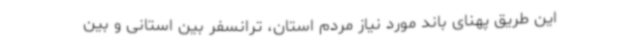
این طریق پهنای باند مورد نیاز مردم استان، ترانسفر بین استانی و بین